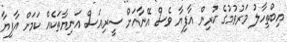
އިބްތިހާލު މަރުވުމުގެ ކުރިން އާފިޔާ ވެސް އޭނާއަށް ސީރިއަސް އަނިޔާތަކެއް ކަމަށް އާފިޔާ